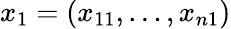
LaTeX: x_{1}=(x_{11},\dots,x_{n1})